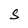
Character: S